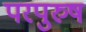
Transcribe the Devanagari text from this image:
परपुरुष